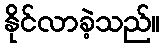
နိုင်လာခဲ့သည်။